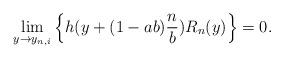
LaTeX: \begin{align*} \lim_{y\rightarrow y_{n,i}}\left\{ h(y +(1-ab)\frac{n}{b} )R_{n}(y) \right\}=0.\end{align*}